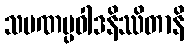
သမဏပ္ပဝါဒနိဿိတာနိ